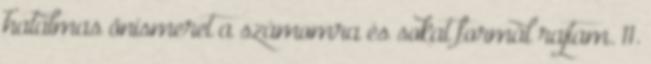
hatalmas önismeret a számomra és sokat formál rajtam. 11.